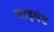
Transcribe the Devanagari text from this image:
जाइयंट